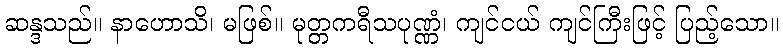
ဆန္ဒသည်။ နာဟောသိ၊ မဖြစ်။ မုတ္တကရီသပုဏ္ဏံ၊ ကျင်ငယ် ကျင်ကြီးဖြင့် ပြည့်သော။